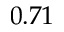
0 . 7 1